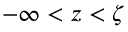
- \infty < z < \zeta